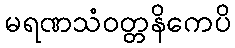
မရဏသံဝတ္တနိကေပိ